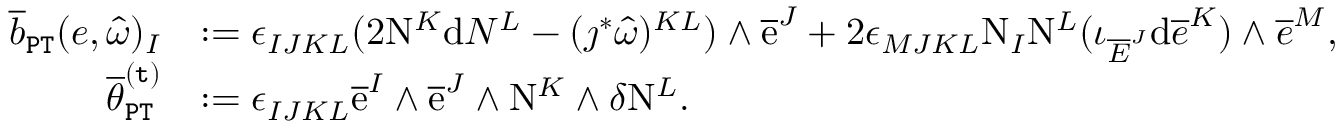
\begin{array} { r l } { \overline { { b } } _ { \mathtt { P T } } ( e , \widehat { \omega } ) _ { I } } & { : = \epsilon _ { I J K L } ( 2 \mathrm { N } ^ { K } \mathrm { d } N ^ { L } - ( \jmath ^ { * } \widehat { \omega } ) ^ { K L } ) \wedge \overline { { \mathrm { e } } } ^ { J } + 2 \epsilon _ { M J K L } \mathrm { N } _ { I } \mathrm { N } ^ { L } ( \iota _ { \overline { { E } } ^ { J } } \mathrm { d } \overline { { e } } ^ { K } ) \wedge \overline { { e } } ^ { M } , } \\ { \overline { { \theta } } _ { \mathtt { P T } } ^ { \mathtt { ( t ) } } } & { : = \epsilon _ { I J K L } \overline { { \mathrm { e } } } ^ { I } \wedge \overline { { \mathrm { e } } } ^ { J } \wedge \mathrm { N } ^ { K } \wedge \delta \mathrm { N } ^ { L } . } \end{array}